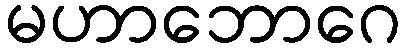
မဟာဘောဂေ